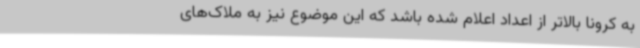
به کرونا بالاتر از اعداد اعلام شده باشد که این موضوع نیز به ملاک‌های